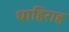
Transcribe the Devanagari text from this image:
धाहिराह